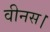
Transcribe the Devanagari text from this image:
वीनस।